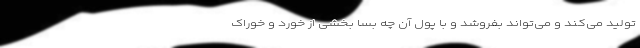
تولید می‌کند و می‌تواند بفروشد و با پول آن چه بسا بخشی از خورد و خوراک